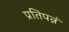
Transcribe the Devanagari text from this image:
प्रतिपन्नं